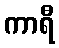
ကာရီ